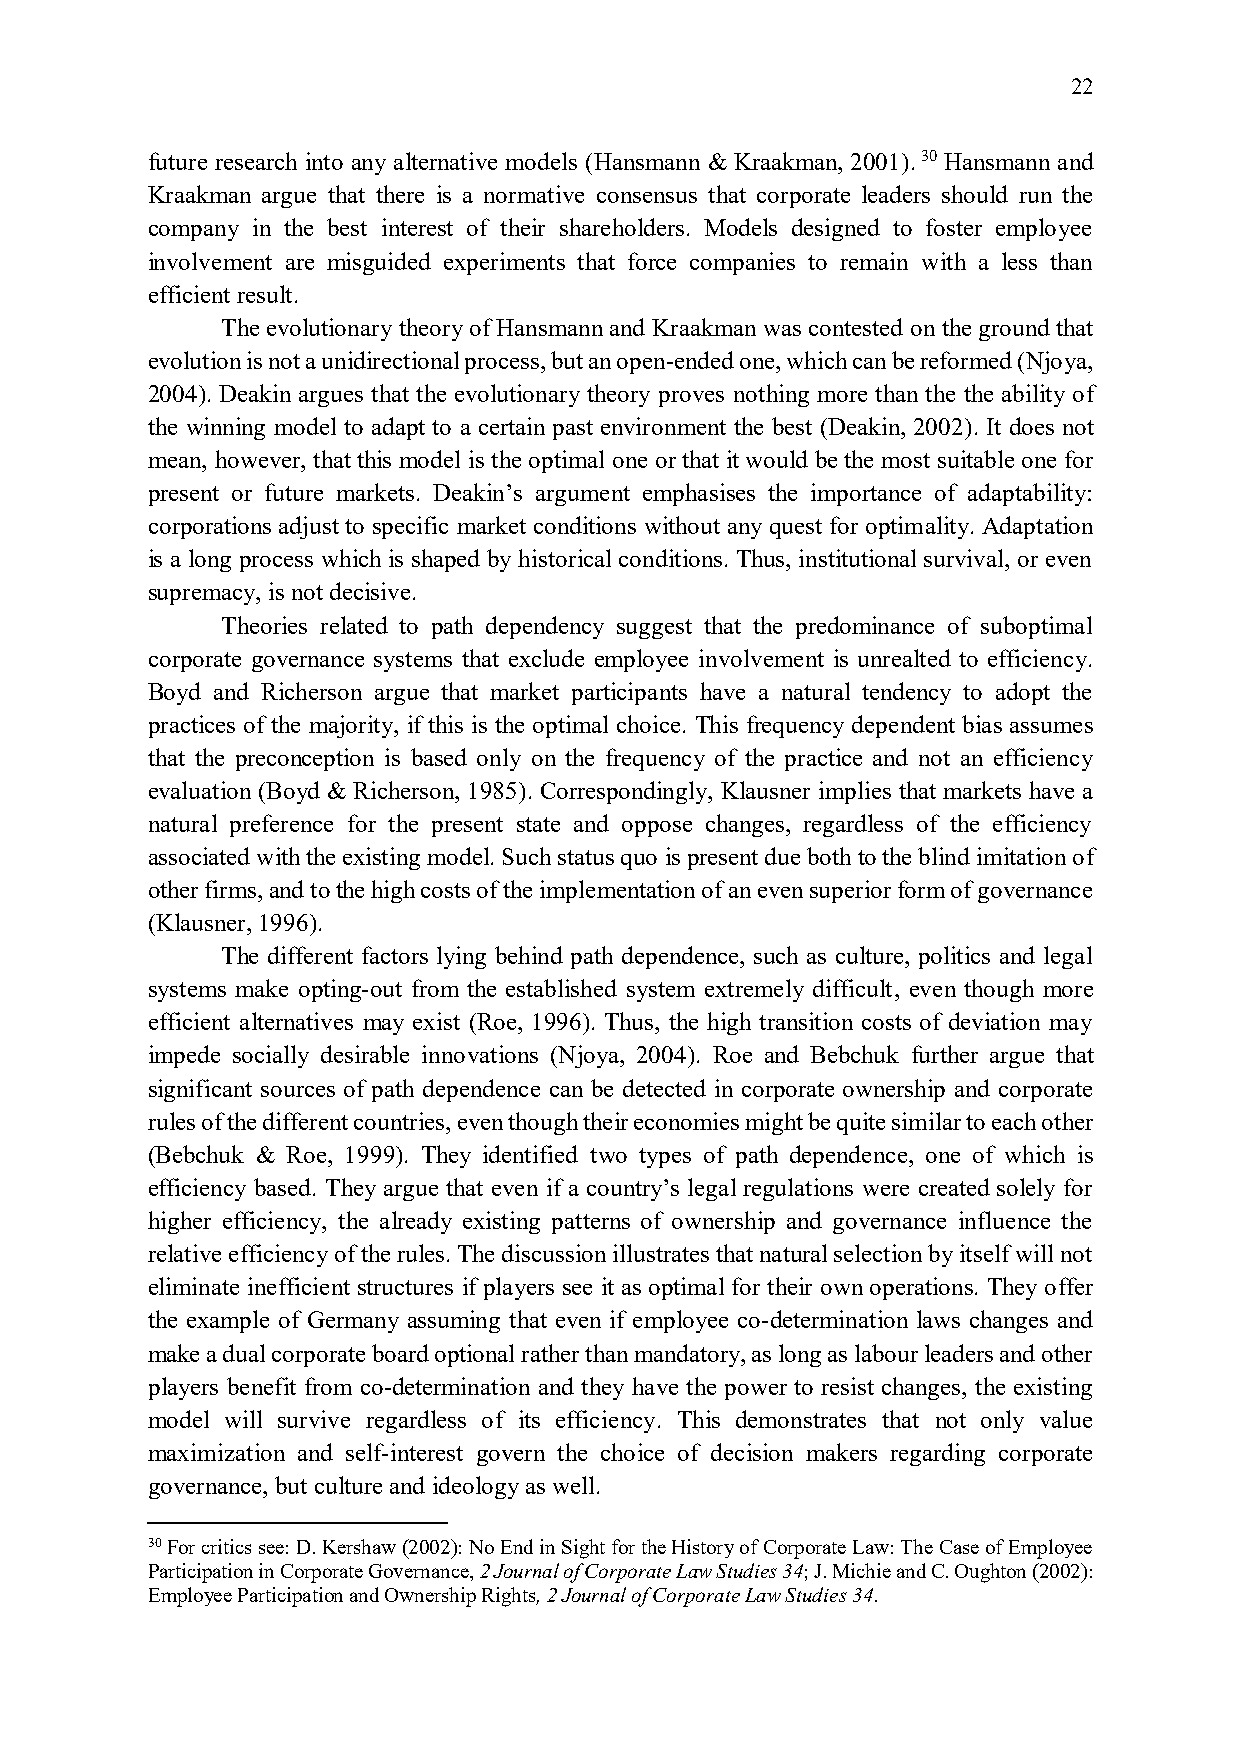
22
 future research into any alternative models (Hansmann & Kraakman, 2001). 30 Hansmann and
 Kraakman argue that there is a normative consensus that corporate leaders should run the
 company in the best interest of their shareholders. Models designed to foster employee
 involvement are misguided experiments that force companies to remain with a less than
 efficient result.
 The evolutionary theory of Hansmann and Kraakman was contested on the ground that
 evolution is not a unidirectional process, but an open-ended one, which can be reformed (Njoya,
 2004). Deakin argues that the evolutionary theory proves nothing more than the the ability of
 the winning model to adapt to a certain past environment the best (Deakin, 2002). It does not
 mean, however, that this model is the optimal one or that it would be the most suitable one for
 present or future markets. Deakin’s argument emphasises the importance of adaptability:
 corporations adjust to specific market conditions without any quest for optimality. Adaptation
 is a long process which is shaped by historical conditions. Thus, institutional survival, or even
 supremacy, is not decisive.
 Theories related to path dependency suggest that the predominance of suboptimal
 corporate governance systems that exclude employee involvement is unrealted to efficiency.
 Boyd and Richerson argue that market participants have a natural tendency to adopt the
 practices of the majority, if this is the optimal choice. This frequency dependent bias assumes
 that the preconception is based only on the frequency of the practice and not an efficiency
 evaluation (Boyd & Richerson, 1985). Correspondingly, Klausner implies that markets have a
 natural preference for the present state and oppose changes, regardless of the efficiency
 associated with the existing model. Such status quo is present due both to the blind imitation of
 other firms, and to the high costs of the implementation of an even superior form of governance
 (Klausner, 1996).
 The different factors lying behind path dependence, such as culture, politics and legal
 systems make opting-out from the established system extremely difficult, even though more
 efficient alternatives may exist (Roe, 1996). Thus, the high transition costs of deviation may
 impede socially desirable innovations (Njoya, 2004). Roe and Bebchuk further argue that
 significant sources of path dependence can be detected in corporate ownership and corporate
 rules of the different countries, even though their economies might be quite similar to each other
 (Bebchuk & Roe, 1999). They identified two types of path dependence, one of which is
 efficiency based. They argue that even if a country’s legal regulations were created solely for
 higher efficiency, the already existing patterns of ownership and governance influence the
 relative efficiency of the rules. The discussion illustrates that natural selection by itself will not
 eliminate inefficient structures if players see it as optimal for their own operations. They offer
 the example of Germany assuming that even if employee co-determination laws changes and
 make a dual corporate board optional rather than mandatory, as long as labour leaders and other
 players benefit from co-determination and they have the power to resist changes, the existing
 model will survive regardless of its efficiency. This demonstrates that not only value
 maximization and self-interest govern the choice of decision makers regarding corporate
 governance, but culture and ideology as well.
 30 For critics see: D. Kershaw (2002): No End in Sight for the History of Corporate Law: The Case of Employee
 Participation in Corporate Governance, 2 Journal of Corporate Law Studies 34; J. Michie and C. Oughton (2002):
 Employee Participation and Ownership Rights, 2 Journal of Corporate Law Studies 34.